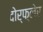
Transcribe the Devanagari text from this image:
दोर्फ्लेर